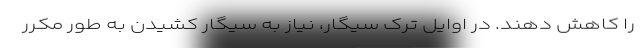
را کاهش دهند. در اوایل ترک سیگار، نیاز به سیگار کشیدن به طور مکرر